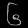
Digit: ၆